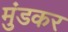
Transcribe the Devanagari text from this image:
मुंडकर